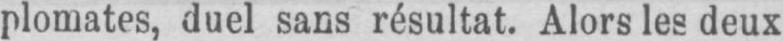
plomates, duel sans résultat. Alors les deux